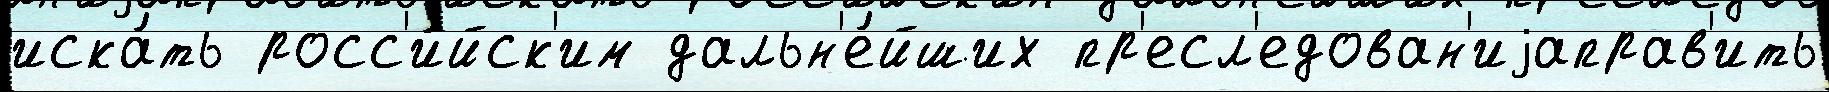
иска́ть росс'и́йск'им дальн'е́йших пр'есл'едован'иjаправ'ить